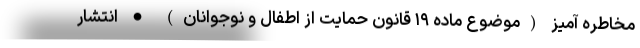
مخاطره آمیز (موضوع ماده ۱۹ قانون حمایت از اطفال و نوجوانان) • انتشار